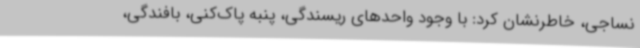
نساجی، خاطرنشان کرد: با وجود واحدهای ریسندگی، پنبه پاک‌کنی، بافندگی،